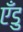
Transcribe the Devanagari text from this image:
एँडु